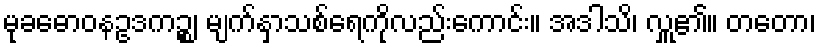
မုခဓောဝနဥဒကဉ္စ၊ မျက်နှာသစ်ရေကိုလည်းကောင်း။ အဒါသိ၊ လှူ၏။ တတော၊